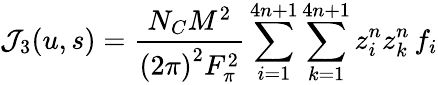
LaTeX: \mathcal{J}_{3}(u,s)=\frac{N_{C}M^{2}}{\left(2\pi\right)^{2}F_{\pi}^{2}}\sum_{i=1}^{4n+1}\sum_{k=1}^{4n+1}z_{i}^{n}z_{k}^{n}\, f_{i}